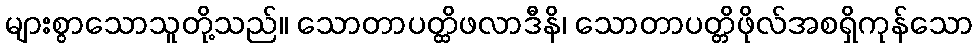
များစွာသောသူတို့သည်။ သောတာပတ္ထိဖလာဒီနိ၊ သောတာပတ္တိဖိုလ်အစရှိကုန်သော